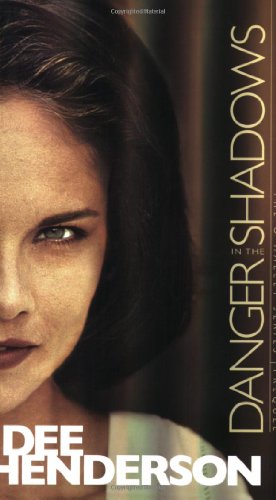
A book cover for Danger in the Shadows (Prequel to The O'Malley Series); Dee Henderson; Romance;